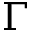
\Gamma